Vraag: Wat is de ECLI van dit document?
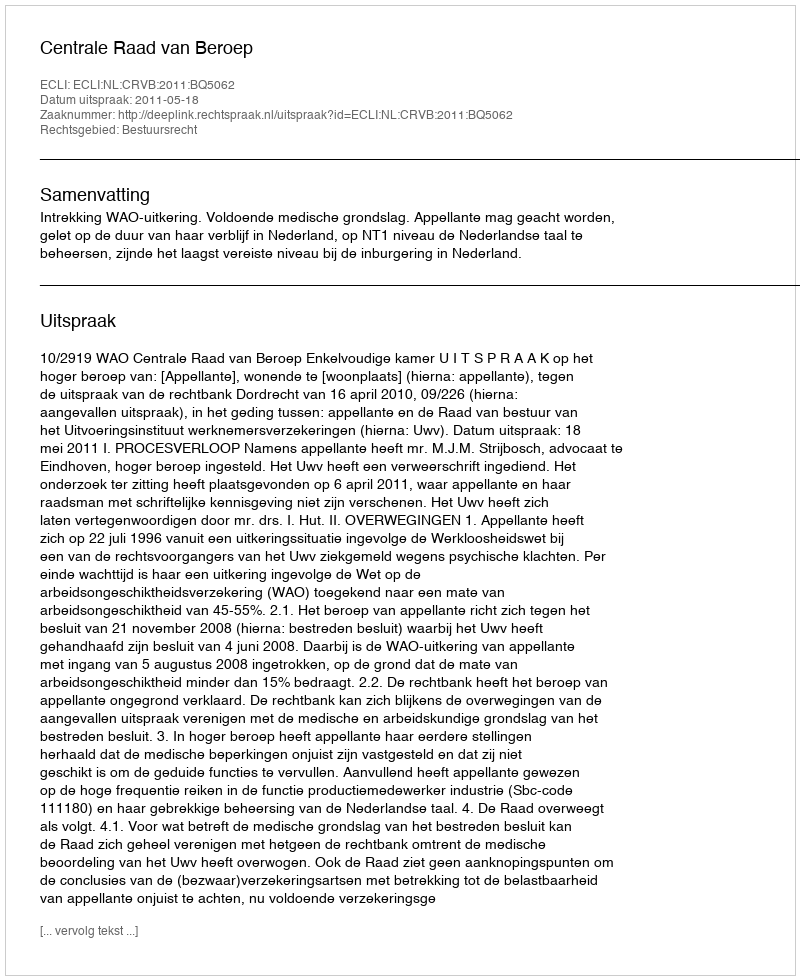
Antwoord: ECLI:NL:CRVB:2011:BQ5062